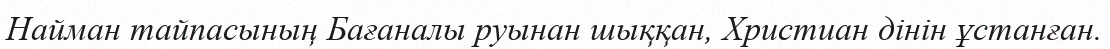
Найман тайпасының Бағаналы руынан шыққан, Христиан дінін ұстанған.